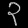
Digit: ၃